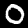
Digit: 0